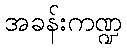
အခန်းကဏ္ဍ